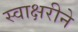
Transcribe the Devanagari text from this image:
स्वाक्षरीने